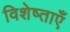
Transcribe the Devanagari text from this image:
विशेष्ताएँ